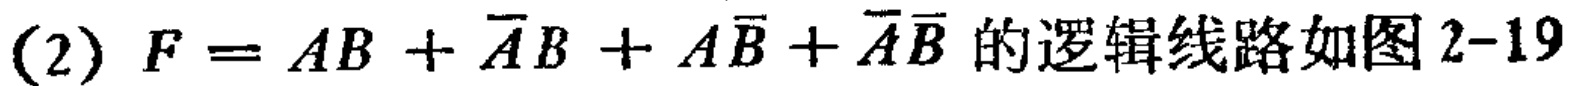
(2) \(F = AB+\overline{A}B + A\overline{B}+\overline{A}\overline{B}\)的逻辑线路如图2-19